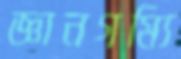
জ্ঞানগম্যি